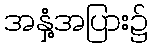
အနှံ့အပြား၌